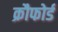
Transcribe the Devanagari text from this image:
क्रौफोर्ड